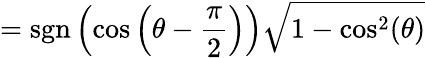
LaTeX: =\operatorname{sgn}\left(\cos\left(\theta-{\frac{\pi}{2}}\right)\right){\sqrt{1-\cos^{2}(\theta)}}